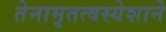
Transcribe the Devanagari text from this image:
तेनामृतत्वस्येशाने